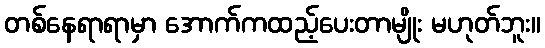
တစ်နေရာရာမှာ အောက်ကထည့်ပေးတာမျိုး မဟုတ်ဘူး။